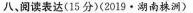
八,阅读表达(15 分)(2019·湖南株洲)